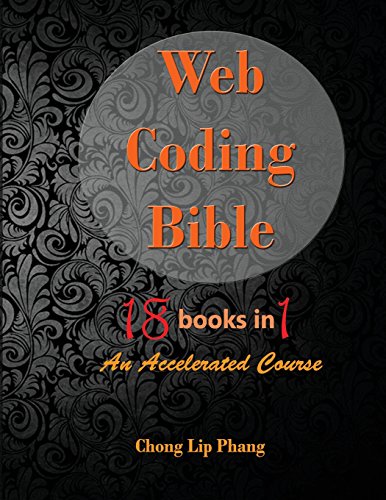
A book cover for Web Coding Bible (18 Books in 1 -- HTML, CSS, Javascript, PHP, SQL, XML, SVG, Canvas, WebGL, Java Applet, ActionScript, htaccess, jQuery, WordPress, SEO and many more): An Accelerated Course; Chong Lip Phang; Computers & Technology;